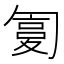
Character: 𠣸